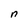
Character: n